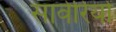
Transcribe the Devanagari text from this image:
सावेरियों